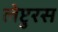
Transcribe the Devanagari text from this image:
लेप्टुरस